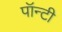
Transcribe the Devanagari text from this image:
पॉन्टी